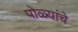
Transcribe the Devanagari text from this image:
पोळ्यांचे